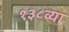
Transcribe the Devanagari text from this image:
१३८व्या